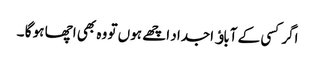
اگر کسی کے آباﺅ اجداد اچھے ہوں تو وہ بھی اچھا ہو گا ۔